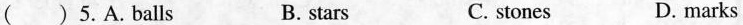
() 5.A.balls B. stars C. stones D. marks